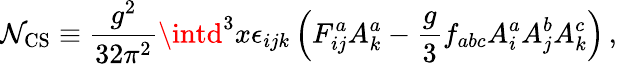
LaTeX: \mathcal{N}_{\mathrm{{CS}}}\equiv\frac{{g^{2}}}{{32\pi^{2}}}\intd^{3}x\epsilon_{ijk}\left(F_{ij}^{a}A_{k}^{a}-\frac{{g}}{{3}}f_{abc}A_{i}^{a}A_{j}^{b}A_{k}^{c}\right)\, ,